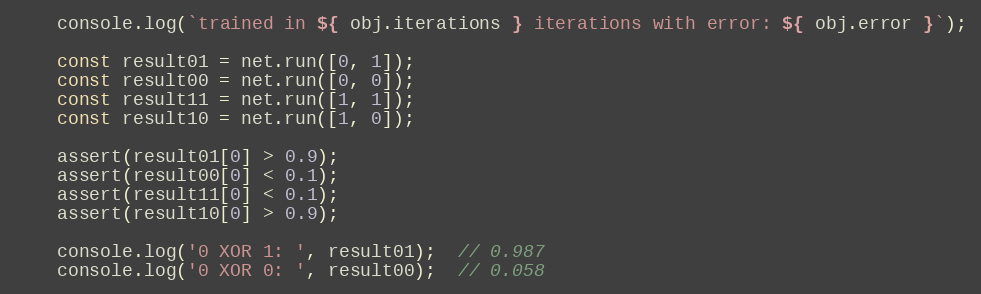
Language: JavaScript
    console.log(`trained in ${ obj.iterations } iterations with error: ${ obj.error }`);

    const result01 = net.run([0, 1]);
    const result00 = net.run([0, 0]);
    const result11 = net.run([1, 1]);
    const result10 = net.run([1, 0]);

    assert(result01[0] > 0.9);
    assert(result00[0] < 0.1);
    assert(result11[0] < 0.1);
    assert(result10[0] > 0.9);

    console.log('0 XOR 1: ', result01);  // 0.987
    console.log('0 XOR 0: ', result00);  // 0.058